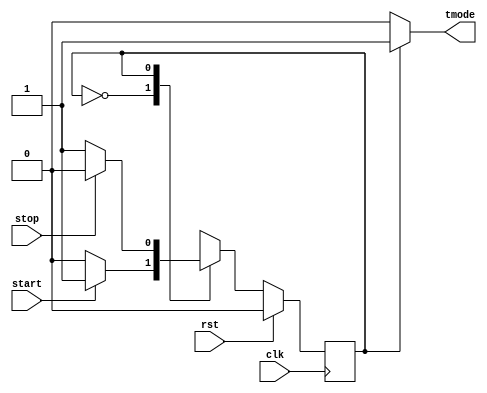
// Module for Built-in Self Test controller.
module BIST_controller (
  input wire start, rst, clk, stop,  
  output wire tmode                  
);

parameter reset = 1'b 0, test = 1'b 1;

reg current = reset;   
always @ (posedge clk) begin  
  if (rst)                
    current <= reset;
  else                   
    case(current)
      reset: if (start)       
        current <= test;     
      else                  
        current <= reset;
      test: if (stop)         
        current <= reset;    
      else                  
        current <= test;
      default:              
        current <= reset;
    endcase
end

assign tmode = (current == test) ? 1'b 1 : 1'b 0; 

endmodule


// Module for comparing two input signals.
module comparator #(parameter wlength=4)(
  input wire clk,                   
  input wire [wlength-1:0] in1, in2, 
  output reg out                     
);

wire check;                 
assign check = (in1 == in2) ? 1'b 1 : 1'b 0; 

always@(posedge clk) begin  
  out <= check;            
end

endmodule


// Module for a binary counter with an optional stop signal.
module counter #(parameter length = 12)(
  input wire clk, ud, en, rst,   
  output wire [length-1:0] q,   
  output stop 
);

reg [length-1:0] cnt_reg;       

always @(posedge clk) begin    
  if (rst|stop)                
    cnt_reg <= {length{1'b0}};
  else if (en) begin           
    if (ud) begin
      cnt_reg <= cnt_reg + 1;  
    end
    else
      cnt_reg <= cnt_reg - 1;  
  end
end

assign q = cnt_reg;            
assign stop = cnt_reg[length-1] & cnt_reg[length-2]; 

endmodule


// Module for decoding a 4-bit input signal and generating a corresponding output signal.
module decoder #(parameter wlength=4)(
  input wire clk,            
  input wire [3:0] in,       
  output reg [wlength-1:0] out
);

reg [wlength-1:0] out_temp_reg;  
reg negate;                    

always@(posedge clk) begin      
  case(in[2:1])                 // Decode input signal based on values of bits 2 and 1.
    'd0: out_temp_reg <= {wlength/4{4'b0000}};  
    'd1: out_temp_reg <= {wlength/4{4'b0101}}; 
    'd2: out_temp_reg <= {wlength/4{4'b0011}};  
    default: out_temp_reg <= {wlength{1'bx}};   
  endcase
  negate <= in[3]~^in[0];      // Determine whether output should be negated based on values of bits 3 and 0.
  out <= negate ? ~out_temp_reg : out_temp_reg; // Assign negated or non-negated decoded value to output signal.
end

endmodule


//MUX
// The 'length' parameter sets the bit-width of the input and output ports
module mux #(parameter length=4)(
    input clk, 
    input sel, 
    input wire [length-1:0] in0, in1, 
    output reg [length-1:0] out 
);

// This is an always block triggered by the positive edge of the clock signal
always@(posedge clk) begin
  case(sel)
    'd0: out <= in0;
    'd1: out <= in1; 
    default: out <= {length{1'bx}}; 
  endcase
end

endmodule


module TOP #(parameter wcount=256, wlength=4)(
  input wire start, rst, clk, rwbarin, 
  input wire [wlength-1:0] datain, 
  input wire [$clog2(wcount)-1:0] address, 
  output wire [wlength-1:0] dataout,
  output reg fail 
);

//wire declarations:
wire tmode, ud, cnt_en, rwbar, rwbartest, stop;
wire [$clog2(wcount)-1:0] addrmem, addrtest; 
wire [$clog2(wcount)+3:0] count; 
wire [wlength-1:0] datamem, datatest, ramout; 
wire [3:0] decode_in; 

BIST_controller BIST_CTRL (
  .start(start),
  .rst(rst),
  .clk(clk),
  .stop(stop),
  .tmode(tmode)
);

reg [7:0] tmode_ppln;
always@(posedge clk) begin
  tmode_ppln[7:0] <= {tmode_ppln[6:0],tmode};
end

counter #(.length($clog2(wcount)+4)) CNT (
  .clk(clk),
  .ud(ud),
  .en(cnt_en),
  .rst(rst),
  .q(count),
  .stop(stop)
);

reg [6:0] rwbartest_ppln;
always@(posedge clk) begin
  rwbartest_ppln[6:0] <= {rwbartest_ppln[5:3],rwbar,rwbartest_ppln[1:0],rwbartest};
end

assign ud = 1'b1;
assign cnt_en = tmode & tmode_ppln[0];
assign rwbartest = (~count[$clog2(wcount)]) & (~stop);
assign rwbar = (~tmode_ppln[2]) ? rwbarin:rwbartest_ppln[2];
assign addrtest = count[$clog2(wcount)-1:0];
assign decode_in = {count[0],count[$clog2(wcount)+3:$clog2(wcount)+1]};

//Pipelining the test address signal
reg [$clog2(wcount)-1:0] addrtest_ppln0, addrtest_ppln1;
always@(posedge clk) begin
  addrtest_ppln0 <= addrtest;
  addrtest_ppln1 <= addrtest_ppln0;
end

decoder #(.wlength(wlength)) DECODE (
  .clk(clk),
  .in(decode_in),
  .out(datatest)
);

//MUX data and address to memory
mux #(.length(wlength)) DMUX (
  .clk(clk),
  .sel(tmode_ppln[2]),
  .in0(datain),
  .in1(datatest),
  .out(datamem)
);

mux #(.length($clog2(wcount))) AMUX (
  .clk(clk),
  .sel(tmode_ppln[2]),
  .in0(address),
  .in1(addrtest_ppln1),
  .out(addrmem)
);

//SRAM Instantiation:
single_port_ram #(.wcount(wcount),.wlength(wlength)) RAM_MEM (
  .datain(datamem),
  .addr(addrmem),
  .we(rwbar),
  .clk(clk),
  .dataout(ramout)
);

//Pipelining the SRAM output data
reg [wlength-1:0] ramout_ppln0;
always@(posedge clk) begin
  ramout_ppln0 <= ramout;
end


//Pipelining the test data
reg [wlength-1:0] datatest_ppln0, datatest_ppln1, datatest_ppln2, datatest_ppln3;
always@(posedge clk) begin
  datatest_ppln0 <= datatest;
  datatest_ppln1 <= datatest_ppln0;
  datatest_ppln2 <= datatest_ppln1;
  datatest_ppln3 <= datatest_ppln2;
end

//Comparator
comparator #(.wlength(wlength)) COMP (
  .clk(clk),
  .in1(datatest_ppln3),
  .in2(ramout_ppln0),
  .out(eq)
);

//Fail Variable Check:
always @(posedge clk) begin
  if (rst) fail <= 1'b0;
  else begin
    if (tmode_ppln[7] && ~rwbartest_ppln[6]) begin
      case(eq)
      'd1: fail <= 1'b0;
      default: fail <= 1'b1;
      endcase
    end
    else fail <= 1'b0;
  end
end

assign dataout = ramout;

endmodule


//SRAM:
module single_port_ram #(parameter wcount=256, wlength=4) (
  input wire [wlength-1:0] datain,
  input wire [$clog2(wcount)-1:0] addr,
  input wire we, clk,
  output reg [wlength-1:0] dataout
);

/* Declare the RAM variable - split into multiple RAMs */
reg [wlength-1:0] ram1[(wcount/8)-1:0];
reg [wlength-1:0] ram2[(wcount/8)-1:0];
reg [wlength-1:0] ram3[(wcount/8)-1:0];
reg [wlength-1:0] ram4[(wcount/8)-1:0];
reg [wlength-1:0] ram5[(wcount/8)-1:0];
reg [wlength-1:0] ram6[(wcount/8)-1:0];
reg [wlength-1:0] ram7[(wcount/8)-1:0];
reg [wlength-1:0] ram8[(wcount/8)-1:0];

/* Pipelining write address decode + Variable to hold the registered read address*/
reg [2:0] mem_sel, mem_sel_reg;
reg [$clog2(wcount)-4:0] mem_addr, mem_addr_reg;
reg [wlength-1:0] datain_reg, dataout_buffer1, dataout_buffer2, dataout_buffer3, dataout_buffer4, dataout_buffer5, dataout_buffer6, dataout_buffer7, dataout_buffer8;
reg we_reg;

always@(posedge clk) begin
  /*Write*/
  mem_sel <= addr[$clog2(wcount)-1:$clog2(wcount)-3];
  mem_addr <= addr[$clog2(wcount)-4:0];
  datain_reg <= datain;
  we_reg <= we;
  if (we_reg) begin
    case(mem_sel)
      'd0: ram1[mem_addr] <= datain_reg;
      'd1: ram2[mem_addr] <= datain_reg;
      'd2: ram3[mem_addr] <= datain_reg;
      'd3: ram4[mem_addr] <= datain_reg;
      'd4: ram5[mem_addr] <= datain_reg;
      'd5: ram6[mem_addr] <= datain_reg;
      'd6: ram7[mem_addr] <= datain_reg;
      'd7: ram8[mem_addr] <= datain_reg;
      default: ; //do nothing
    endcase
  end
  dataout_buffer1 <= ram1[mem_addr];
  dataout_buffer2 <= ram2[mem_addr];
  dataout_buffer3 <= ram3[mem_addr];
  dataout_buffer4 <= ram4[mem_addr];
  dataout_buffer5 <= ram5[mem_addr];
  dataout_buffer6 <= ram6[mem_addr];
  dataout_buffer7 <= ram7[mem_addr];
  dataout_buffer8 <= ram8[mem_addr];
  mem_sel_reg <= mem_sel;
  //mem_addr_reg <= mem_addr;
end

/* Continuous assignment implies read returns NEW datain.
This is the natural behavior of the TriMatrix memory blocks in Single Port mode*/
always@(*) begin
  case(mem_sel_reg)
    'd0: dataout = dataout_buffer1;
    'd1: dataout = dataout_buffer2;
    'd2: dataout = dataout_buffer3;
    'd3: dataout = dataout_buffer4;
    'd4: dataout = dataout_buffer5;
    'd5: dataout = dataout_buffer6;
    'd6: dataout = dataout_buffer7;
    'd7: dataout = dataout_buffer8;
    default: ; //do nothing
  endcase
end
endmodule